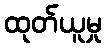
ထုတ်ယူမှု